Report of the Imperial Institute of Veterinary Research, Muktesar
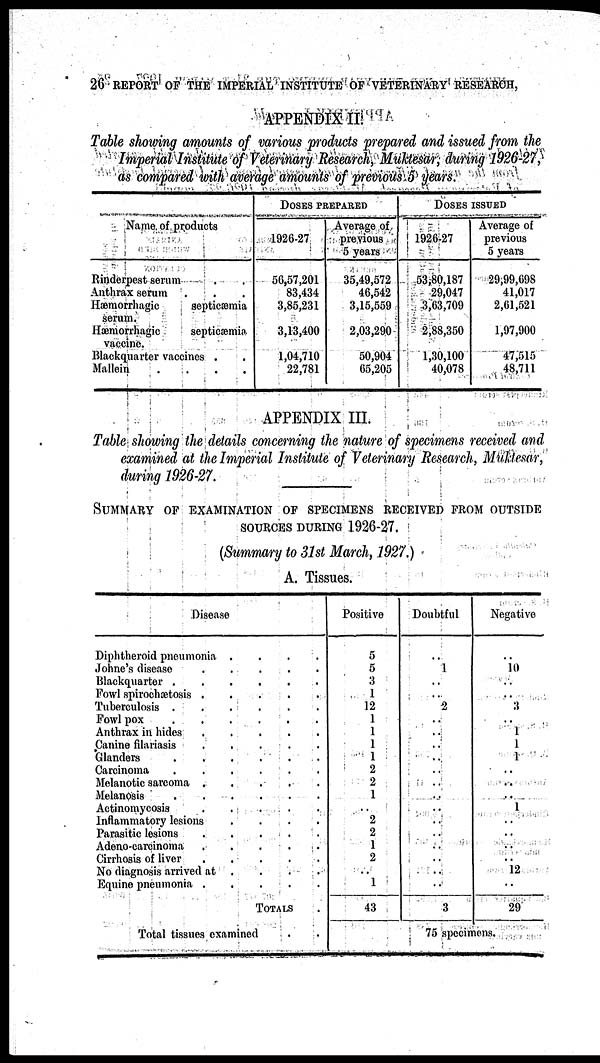
26 REPORT OF THE IMPERIAL INSTITUTE OF VETERINARY RESEARCH,
APPENDIX II.
Table showing amounts of various products prepared and issued from the
Imperial Institute of Veterinary Research, Muktesar, during 1926 27,
as compared with average amounts of previous 5 years.
Name of products
Rinderpest serum . .
Anthrax serum. . .
Hæmorrhagic
septicæmia
serum.
Hæmorrhagic
septicæmia
vaccine.
Blackquarter vaccines .
Mallein
....
DOSES PREPARED
1926-27
56,57,201
83,434
3,85,231
3,13,400
1,04,710
22,781
Average of
previous
5 years
35,49,572
46,542
3,15,559
2,03,290
50,904
65,205
DOSES ISSUED
1926-27
53,80,187
29,047
3,63,709
2,88,350
1,30,100
40,078
Average of
previous
5 years
29,99,698
41,017
2,61,521
1,97,900
47,515
48,711
APPENDIX III.
Table showing the details concerning the nature of specimens received and
examined at the Imperial Institute of Veterinary Research, Muktesar,
during 1926-27.
SUMMARY OF EXAMINATION OF SPECIMENS RECEIVED FROM OUTSIDE
SOURCES DURING 1926-27.
(Summary to 31st March, 1927.)
A. Tissues.
Disease
Diphtheroid pneumonia
Johne's disease
Blackquarter .
Fowl spirochætosis .
Tuberculosis .
Fowl pox
Anthrax in hides. .
Canine filariasis
Glanders
Carcinoma
Melanotic sarcoma .
Melanosis
Actinomycosis
Inflammatory lesions
Parasitic lesions
Adeno-carcinoma
Cirrhosis of liver
No diagnosis arrived at
Equine pneumonia .
.
.
.
.
.
.
.
.
.
.
.
.
.
.
.
.
.
.
.
.
.
.
.
.
.
.
.
.
.
.
.
.
.
.
.
.
.
.
.
.
.
.
.
.
.
.
.
.
.
.
.
.
.
.
.
.
.
TOTALS
Total tissues examined
Positive
5
5
3
1
12
1
1
1
1
2
2
1
..
2
2
1
2
..
1
43
Doubtful
..
1
..
..
2
..
..
..
..
..
..
..
..
..
..
..
..
..
..
3
Negative
..
10
..
..
3
..
1
1
1
..
..
..
1
..
..
..
..
12
..
29
75 specimens.